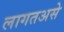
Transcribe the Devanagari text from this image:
लागतअसे